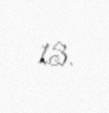
13.